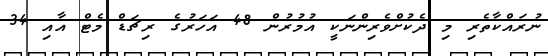
ނުރައްކާތެރި މި ދެކުށްވެރިންނަކީ އުމުރުން 48 އަހަރުގެ ރިޗަޑް މެޓް އާއި 34